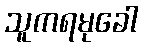
သူကရမုခေါ